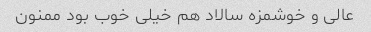
عالی و خوشمزه سالاد هم خیلی خوب بود ممنون